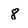
Character: 8